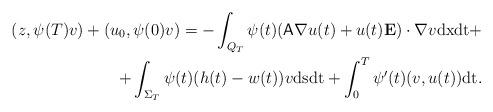
LaTeX: \begin{align*}(z,\psi(T)v)+(u_0,\psi(0)v)=-\int_{Q_T}\psi(t)( \mathsf{A}\nabla u(t)+u(t){\bf E}) \cdot \nabla v\mathrm{dx}\mathrm{dt}+\\+\int_{\Sigma_T} \psi(t)(h(t)-w(t)) v\mathrm{ds}\mathrm{dt}+\int_0^T \psi'(t)(v ,u(t))\mathrm{dt} .\end{align*}